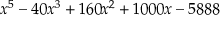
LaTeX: x ^ { 5 } - 4 0 x ^ { 3 } + 1 6 0 x ^ { 2 } + 1 0 0 0 x - 5 8 8 8